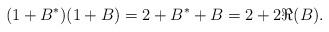
LaTeX: \begin{align*}(1 + B^*)(1 + B) = 2 + B^* + B = 2 + 2 \Re(B).\end{align*}